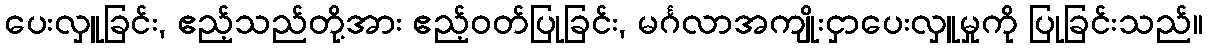
ပေးလှူခြင်း, ဧည့်သည်တို့အား ဧည့်ဝတ်ပြုခြင်း, မင်္ဂလာအကျိုးငှာပေးလှူမှုကို ပြုခြင်းသည်။